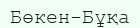
Бөкен-Бұқа